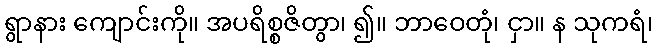
ရွာနား ကျောင်းကို။ အပရိစ္စဇိတွာ၊ ၍။ ဘာဝေတုံ၊ ငှာ။ န သုကရံ၊